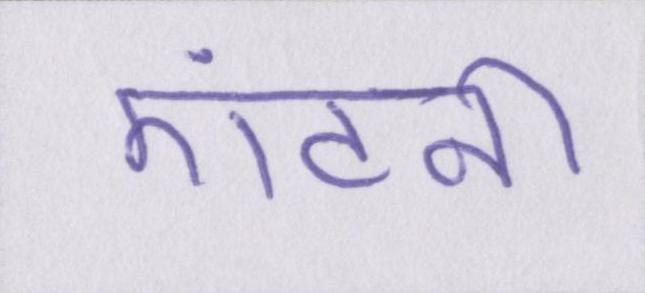
एंटनी